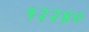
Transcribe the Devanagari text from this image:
१२२४०